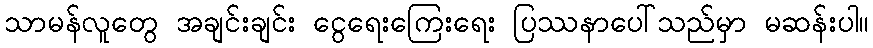
သာမန်လူတွေ အချင်းချင်း ငွေရေးကြေးရေး ပြဿနာပေါ်သည်မှာ မဆန်းပါ။